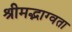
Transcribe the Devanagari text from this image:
श्रीमद्भाग्वता